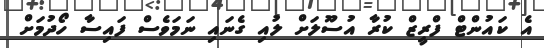
އެ ކައުންޓް ފްރީޒް ކުރާ އުސޫލަށް ލުއި ގެނައި ނަމަވެސް ފައިސާ ހޯދުމަށް